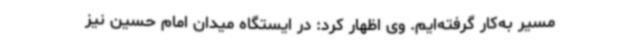
مسیر به‌کار گرفته‌ایم. وی اظهار کرد: در ایستگاه میدان امام حسین نیز